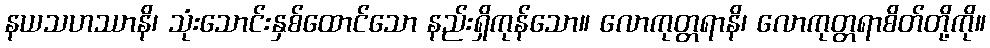
နယသဟဿာနိ၊ သုံးသောင်းနှစ်ထောင်သော နည်းရှိကုန်သော။ လောကုတ္တရာနိ၊ လောကုတ္တရာစိတ်တို့ကို။